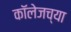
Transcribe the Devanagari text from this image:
काॅलेजच्या